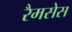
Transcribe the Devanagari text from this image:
रैमसेस